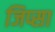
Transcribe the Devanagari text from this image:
जिप्सा